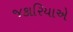
જકારિયાએ